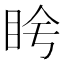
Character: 𬑌